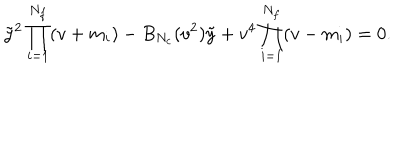
\tilde { y } ^ { 2 } \prod _ { i = 1 } ^ { N _ { f } } ( v + m _ { i } ) - B _ { N _ { c } } ( v ^ { 2 } ) \tilde { y } + v ^ { 4 } \prod _ { i = 1 } ^ { N _ { f } } ( v - m _ { i } ) = 0 .